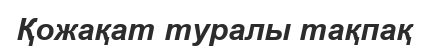
Қожақат туралы тақпақ